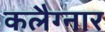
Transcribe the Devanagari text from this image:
कलैग्नार